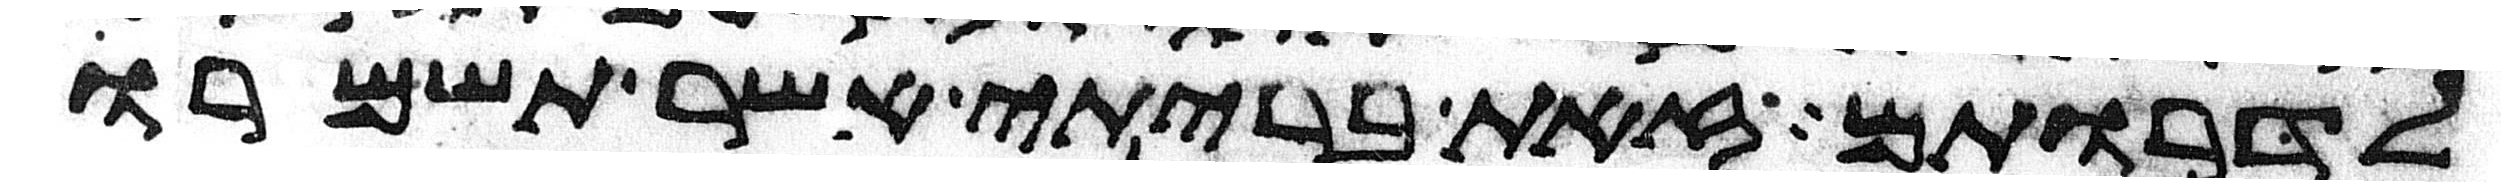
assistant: לדרותם זאת בריתי אשר תשמרו